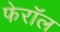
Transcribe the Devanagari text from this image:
फेरॉल